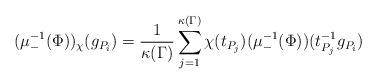
LaTeX: \begin{align*}(\mu_{-}^{-1}(\Phi))_\chi(g_{P_i})=\frac{1}{\kappa(\Gamma)}\sum_{j=1}^{\kappa(\Gamma)}\chi(t_{P_j})(\mu_{-}^{-1}(\Phi))(t_{P_j}^{-1}g_{P_i})\end{align*}